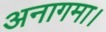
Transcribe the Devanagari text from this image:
अनागमा।